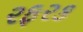
રફરક